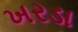
ખરડા